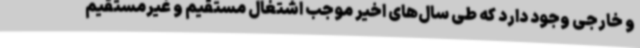
و خارجی وجود دارد که طی سال‌های اخیر موجب اشتغال مستقیم و غیرمستقیم